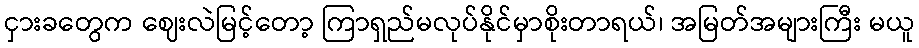
ငှားခတွေက ဈေးလဲမြင့်တော့ ကြာရှည်မလုပ်နိုင်မှာစိုးတာရယ်၊ အမြတ်အများကြီး မယူ